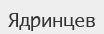
Ядринцев